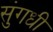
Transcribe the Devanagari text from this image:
सुंगधी